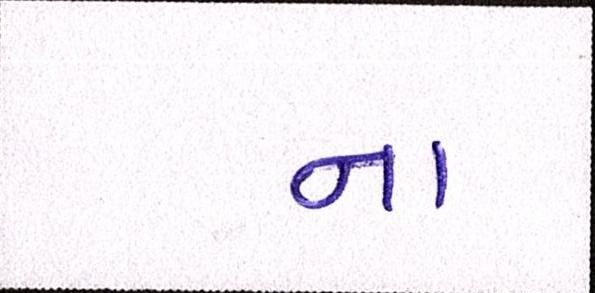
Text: ના